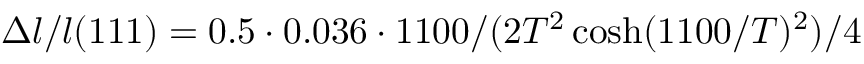
\Delta l / l ( 1 1 1 ) = 0 . 5 \cdot 0 . 0 3 6 \cdot 1 1 0 0 / ( 2 T ^ { 2 } \cosh ( 1 1 0 0 / T ) ^ { 2 } ) / 4